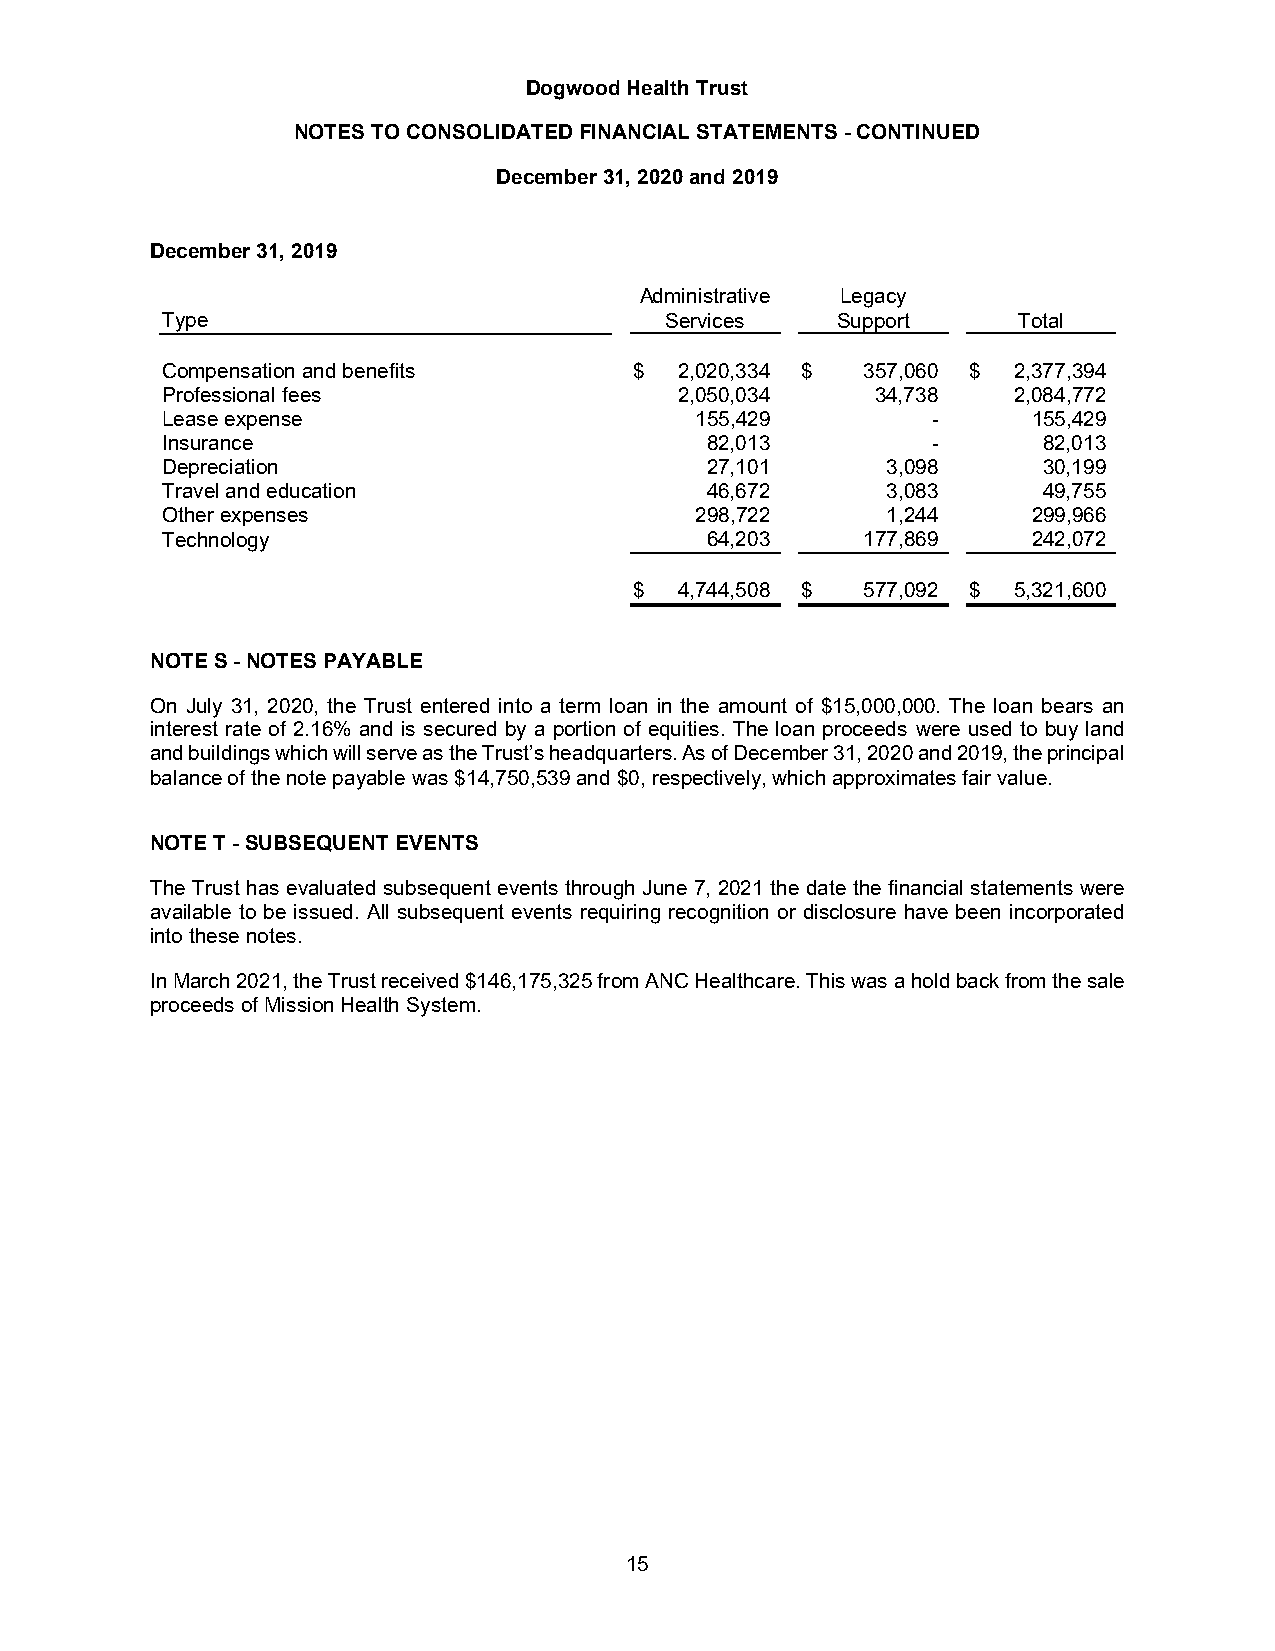
Dogwood Health Trust
 NOTES TO CONSOLIDATED FINANCIAL STATEMENTS - CONTINUED
 December 31, 2020 and 2019
 December 31, 2019
 Administrative Legacy
 Type                             Services   Support     Total
 Compensation and benefits      $  2,020,334 $ 357,060 $ 2,377,394
 Professional fees                 2,050,034    34,738   2,084,772
 Lease expense                      155,429         -     155,429
 Insurance                           82,013         -      82,013
 Depreciation                        27,101      3,098     30,199
 Travel and education                46,672      3,083     49,755
 Other expenses                     298,722      1,244    299,966
 Technology                          64,203    177,869    242,072
 $  4,744,508 $ 577,092 $ 5,321,600
 NOTE S - NOTES PAYABLE
 On July 31, 2020, the Trust entered into a term loan in the amount of $15,000,000. The loan bears an
 interest rate of 2.16% and is secured by a portion of equities. The loan proceeds were used to buy land
 and buildings which will serve as the Trust’s headquarters. As of December 31, 2020 and 2019, the principal
 balance of the note payable was $14,750,539 and $0, respectively, which approximates fair value.
 NOTE T - SUBSEQUENT EVENTS
 The Trust has evaluated subsequent events through June 7, 2021 the date the financial statements were
 available to be issued. All subsequent events requiring recognition or disclosure have been incorporated
 into these notes.
 In March 2021, the Trust received $146,175,325 from ANC Healthcare. This was a hold back from the sale
 proceeds of Mission Health System.
 15